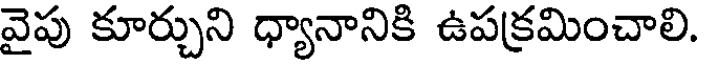
వైపు కూర్చుని ధ్యానానికి ఉపక్రమించాలి.